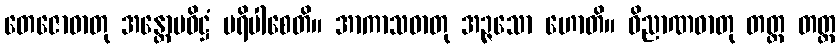
တေဇောဓာတု အန္တောပဝိဋ္ဌံ ပရိပါစေတိ။ အာကာသဓာတု အဉ္ဇသော ဟောတိ။ ဝိညာဏဓာတု တတ္ထ တတ္ထ